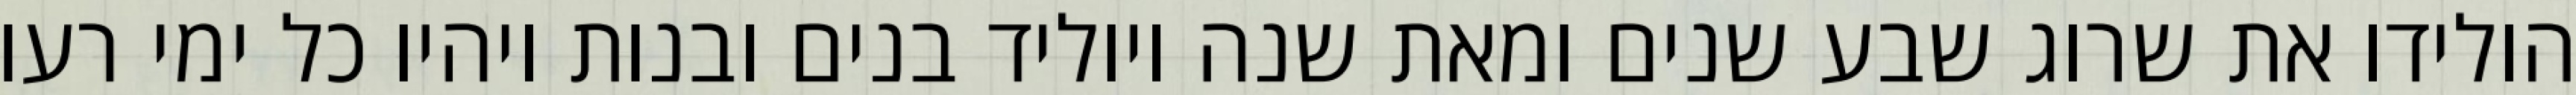
הולידו את שרוג שבע שנים ומאת שנה ויוליד בנים ובנות ויהיו כל ימי רעו